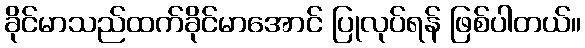
ခိုင်မာသည်ထက်ခိုင်မာအောင် ပြုလုပ်ရန် ဖြစ်ပါတယ်။